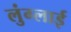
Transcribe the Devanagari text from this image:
लुंग्लाई